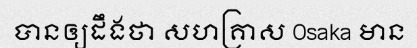
បានឲ្យដឹងថា សហគ្រាស Osaka មាន